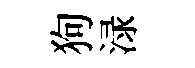
狗渌